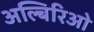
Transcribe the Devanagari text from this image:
अल्बिरिओ